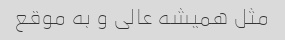
مثل همیشه عالی و به موقع